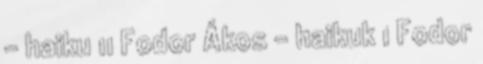
- haiku 11 Fodor Ákos - haikuk 1 Fodor